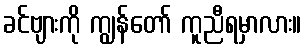
ခင်ဗျားကို ကျွန်တော် ကူညီရမှာလား။